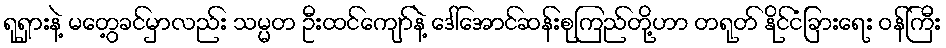
ရုရှားနဲ့ မတွေ့ခင်မှာလည်း သမ္မတ ဦးထင်ကျော်နဲ့ ဒေါ်အောင်ဆန်းစုကြည်တို့ဟာ တရုတ် နိုင်ငံခြားရေး ဝန်ကြီး